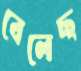
বেলেছ